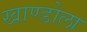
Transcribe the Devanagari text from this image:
खाण्डोला